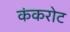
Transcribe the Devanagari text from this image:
कंकरोट